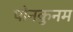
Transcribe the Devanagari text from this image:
पोनकुनम